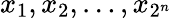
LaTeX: x_{1},x_{2},\ldots,x_{2^{n}}